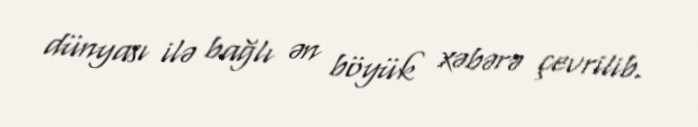
dünyası ilə bağlı ən böyük xəbərə çevrilib.